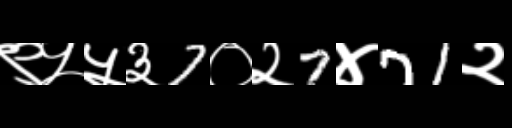
Text: ९५५३7०२7४71२